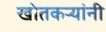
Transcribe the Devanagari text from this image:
खोतकर्‍यांनी